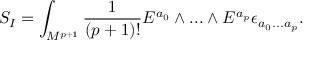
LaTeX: S _ { I } = \int _ { { \cal M } ^ { p + 1 } } { \frac { 1 } { ( p + 1 ) ! } } E ^ { a _ { 0 } } \wedge . . . \wedge E ^ { a _ { p } } \epsilon _ { a _ { 0 } . . . a _ { p } } .